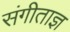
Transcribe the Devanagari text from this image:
संगीताज्ञ